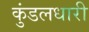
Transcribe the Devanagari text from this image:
कुंडलधारी